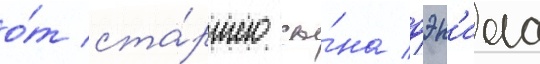
о́т ста́ршего сы́на дэн'иела